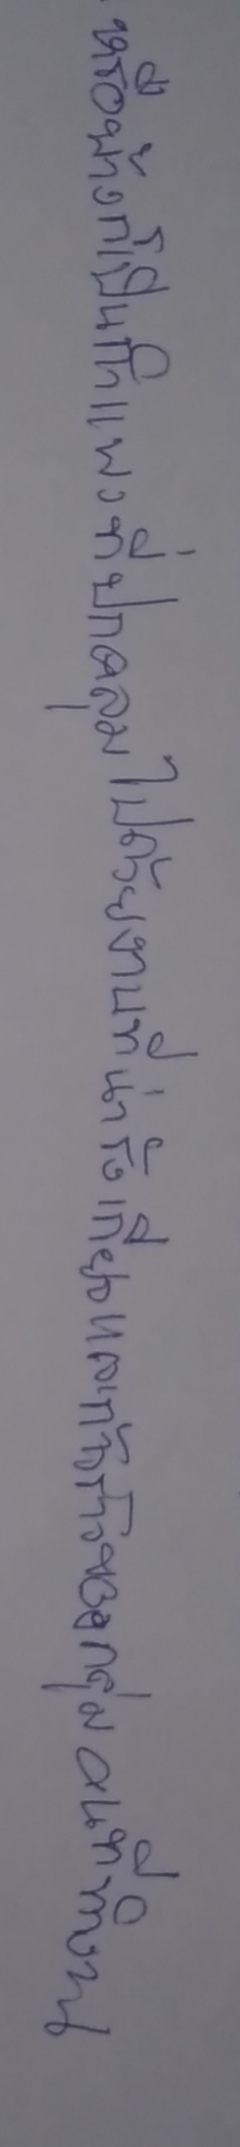
หรือบ้างก็เป็นกำแพงที่ปกคลุมไปด้วยงานที่น่ารังเกียจและก้าวร้าวของกลุ่มคนที่ทำงาน